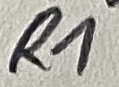
Text: R1